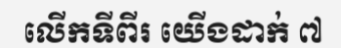
លើកទីពីរ យើងដាក់ ៧